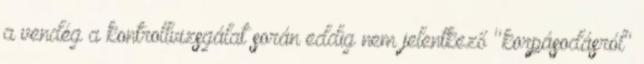
a vendég a kontrollvizsgálat során eddig nem jelentkező "korpásodásról"